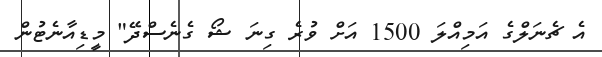
އެ ޗެނަލްގެ އަމިއްލަ 1500 އަށް ވުރެ ގިނަ ޝޯ ގެނެސްދޭ" މީޑިއާނެޓުން